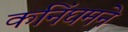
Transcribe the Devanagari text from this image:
कनिंघमने